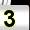
Digit: 3